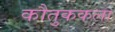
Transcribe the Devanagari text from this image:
कौतुककला